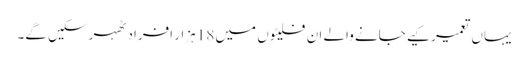
یہاں تعمیر کیے جانے والے ان فلیٹوں میں 18 ہزار افراد ٹھہر سکیں گے۔